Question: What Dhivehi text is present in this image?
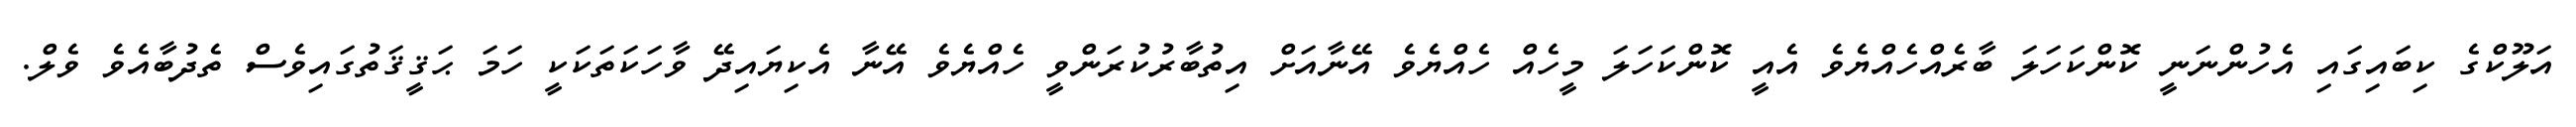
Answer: އަލޫކްގެ ކިބައިގައި އެހުންނަނީ ކޮންކަހަލަ ބާރެއްހެއްޔެވެ އެއީ ކޮންކަހަލަ މީހެއް ހެއްޔެވެ އޭނާއަށް އިތުބާރުކުރަންވީ ހެއްޔެވެ އޭނާ އެކިޔައިދޭ ވާހަކަތަކަކީ ހަމަ ޙަޤީޤަތުގައިވެސް ތެދުބާއެވެ ވެލް.